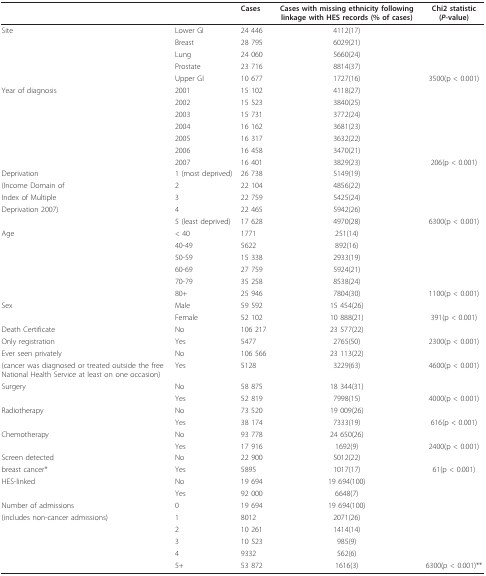
<table><thead><tr><td></td><td></td><td><b>Cases</b></td><td><b>Cases with missing ethnicity following linkage with HES records (% of cases)</b></td><td><b>Chi2 statistic(<i>P</i>-value)</b></td></tr></thead><tbody><tr><td>Site</td><td>Lower GI</td><td>24 446</td><td>4112(17)</td><td></td></tr><tr><td></td><td>Breast</td><td>28 795</td><td>6029(21)</td><td></td></tr><tr><td></td><td>Lung</td><td>24 060</td><td>5660(24)</td><td></td></tr><tr><td></td><td>Prostate</td><td>23 716</td><td>8814(37)</td><td></td></tr><tr><td></td><td>Upper GI</td><td>10 677</td><td>1727(16)</td><td>3500(p &lt; 0.001)</td></tr><tr><td>Year of diagnosis</td><td>2001</td><td>15 102</td><td>4118(27)</td><td></td></tr><tr><td></td><td>2002</td><td>15 523</td><td>3840(25)</td><td></td></tr><tr><td></td><td>2003</td><td>15 731</td><td>3772(24)</td><td></td></tr><tr><td></td><td>2004</td><td>16 162</td><td>3681(23)</td><td></td></tr><tr><td></td><td>2005</td><td>16 317</td><td>3632(22)</td><td></td></tr><tr><td></td><td>2006</td><td>16 458</td><td>3470(21)</td><td></td></tr><tr><td></td><td>2007</td><td>16 401</td><td>3829(23)</td><td>206(p &lt; 0.001)</td></tr><tr><td>Deprivation</td><td>1 (most deprived)</td><td>26 738</td><td>5149(19)</td><td></td></tr><tr><td>(Income Domain of</td><td>2</td><td>22 104</td><td>4856(22)</td><td></td></tr><tr><td>Index of Multiple</td><td>3</td><td>22 759</td><td>5425(24)</td><td></td></tr><tr><td>Deprivation 2007)</td><td>4</td><td>22 465</td><td>5942(26)</td><td></td></tr><tr><td></td><td>5 (least deprived)</td><td>17 628</td><td>4970(28)</td><td>6300(p &lt; 0.001)</td></tr><tr><td>Age</td><td>&lt; 40</td><td>1771</td><td>251(14)</td><td></td></tr><tr><td></td><td>40-49</td><td>5622</td><td>892(16)</td><td></td></tr><tr><td></td><td>50-59</td><td>15 338</td><td>2933(19)</td><td></td></tr><tr><td></td><td>60-69</td><td>27 759</td><td>5924(21)</td><td></td></tr><tr><td></td><td>70-79</td><td>35 258</td><td>8538(24)</td><td></td></tr><tr><td></td><td>80+</td><td>25 946</td><td>7804(30)</td><td>1100(p &lt; 0.001)</td></tr><tr><td>Sex</td><td>Male</td><td>59 592</td><td>15 454(26)</td><td></td></tr><tr><td></td><td>Female</td><td>52 102</td><td>10 888(21)</td><td>391(p &lt; 0.001)</td></tr><tr><td>Death Certificate</td><td>No</td><td>106 217</td><td>23 577(22)</td><td></td></tr><tr><td>Only registration</td><td>Yes</td><td>5477</td><td>2765(50)</td><td>2300(p &lt; 0.001)</td></tr><tr><td>Ever seen privately</td><td>No</td><td>106 566</td><td>23 113(22)</td><td></td></tr><tr><td>(cancer was diagnosed or treated outside the free National Health Service at least on one occasion)</td><td>Yes</td><td>5128</td><td>3229(63)</td><td>4600(p &lt; 0.001)</td></tr><tr><td>Surgery</td><td>No</td><td>58 875</td><td>18 344(31)</td><td></td></tr><tr><td></td><td>Yes</td><td>52 819</td><td>7998(15)</td><td>4000(p &lt; 0.001)</td></tr><tr><td>Radiotherapy</td><td>No</td><td>73 520</td><td>19 009(26)</td><td></td></tr><tr><td></td><td>Yes</td><td>38 174</td><td>7333(19)</td><td>616(p &lt; 0.001)</td></tr><tr><td>Chemotherapy</td><td>No</td><td>93 778</td><td>24 650(26)</td><td></td></tr><tr><td></td><td>Yes</td><td>17 916</td><td>1692(9)</td><td>2400(p &lt; 0.001)</td></tr><tr><td>Screen detected</td><td>No</td><td>22 900</td><td>5012(22)</td><td></td></tr><tr><td>breast cancer*</td><td>Yes</td><td>5895</td><td>1017(17)</td><td>61(p &lt; 0.001)</td></tr><tr><td>HES-linked</td><td>No</td><td>19 694</td><td>19 694(100)</td><td></td></tr><tr><td></td><td>Yes</td><td>92 000</td><td>6648(7)</td><td></td></tr><tr><td>Number of admissions</td><td>0</td><td>19 694</td><td>19 694(100)</td><td></td></tr><tr><td>(includes non-cancer admissions)</td><td>1</td><td>8012</td><td>2071(26)</td><td></td></tr><tr><td></td><td>2</td><td>10 261</td><td>1414(14)</td><td></td></tr><tr><td></td><td>3</td><td>10 523</td><td>985(9)</td><td></td></tr><tr><td></td><td>4</td><td>9332</td><td>562(6)</td><td></td></tr><tr><td></td><td>5+</td><td>53 872</td><td>1616(3)</td><td>6300(p &lt; 0.001)**</td></tr></tbody></table>